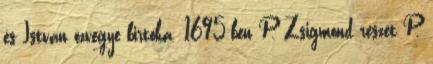
és István özvegye birtoka. 1695-ben P. Zsigmond részét P.